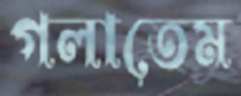
গলাতেম